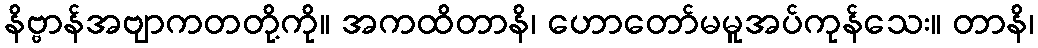
နိဗ္ဗာန်အဗျာကတတို့ကို။ အကထိတာနိ၊ ဟောတော်မမူအပ်ကုန်သေး။ တာနိ၊